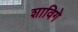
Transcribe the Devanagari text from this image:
शाविगे